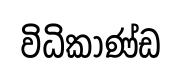
විධිකාණ්ඩ